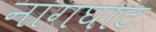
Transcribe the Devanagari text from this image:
नागघाट